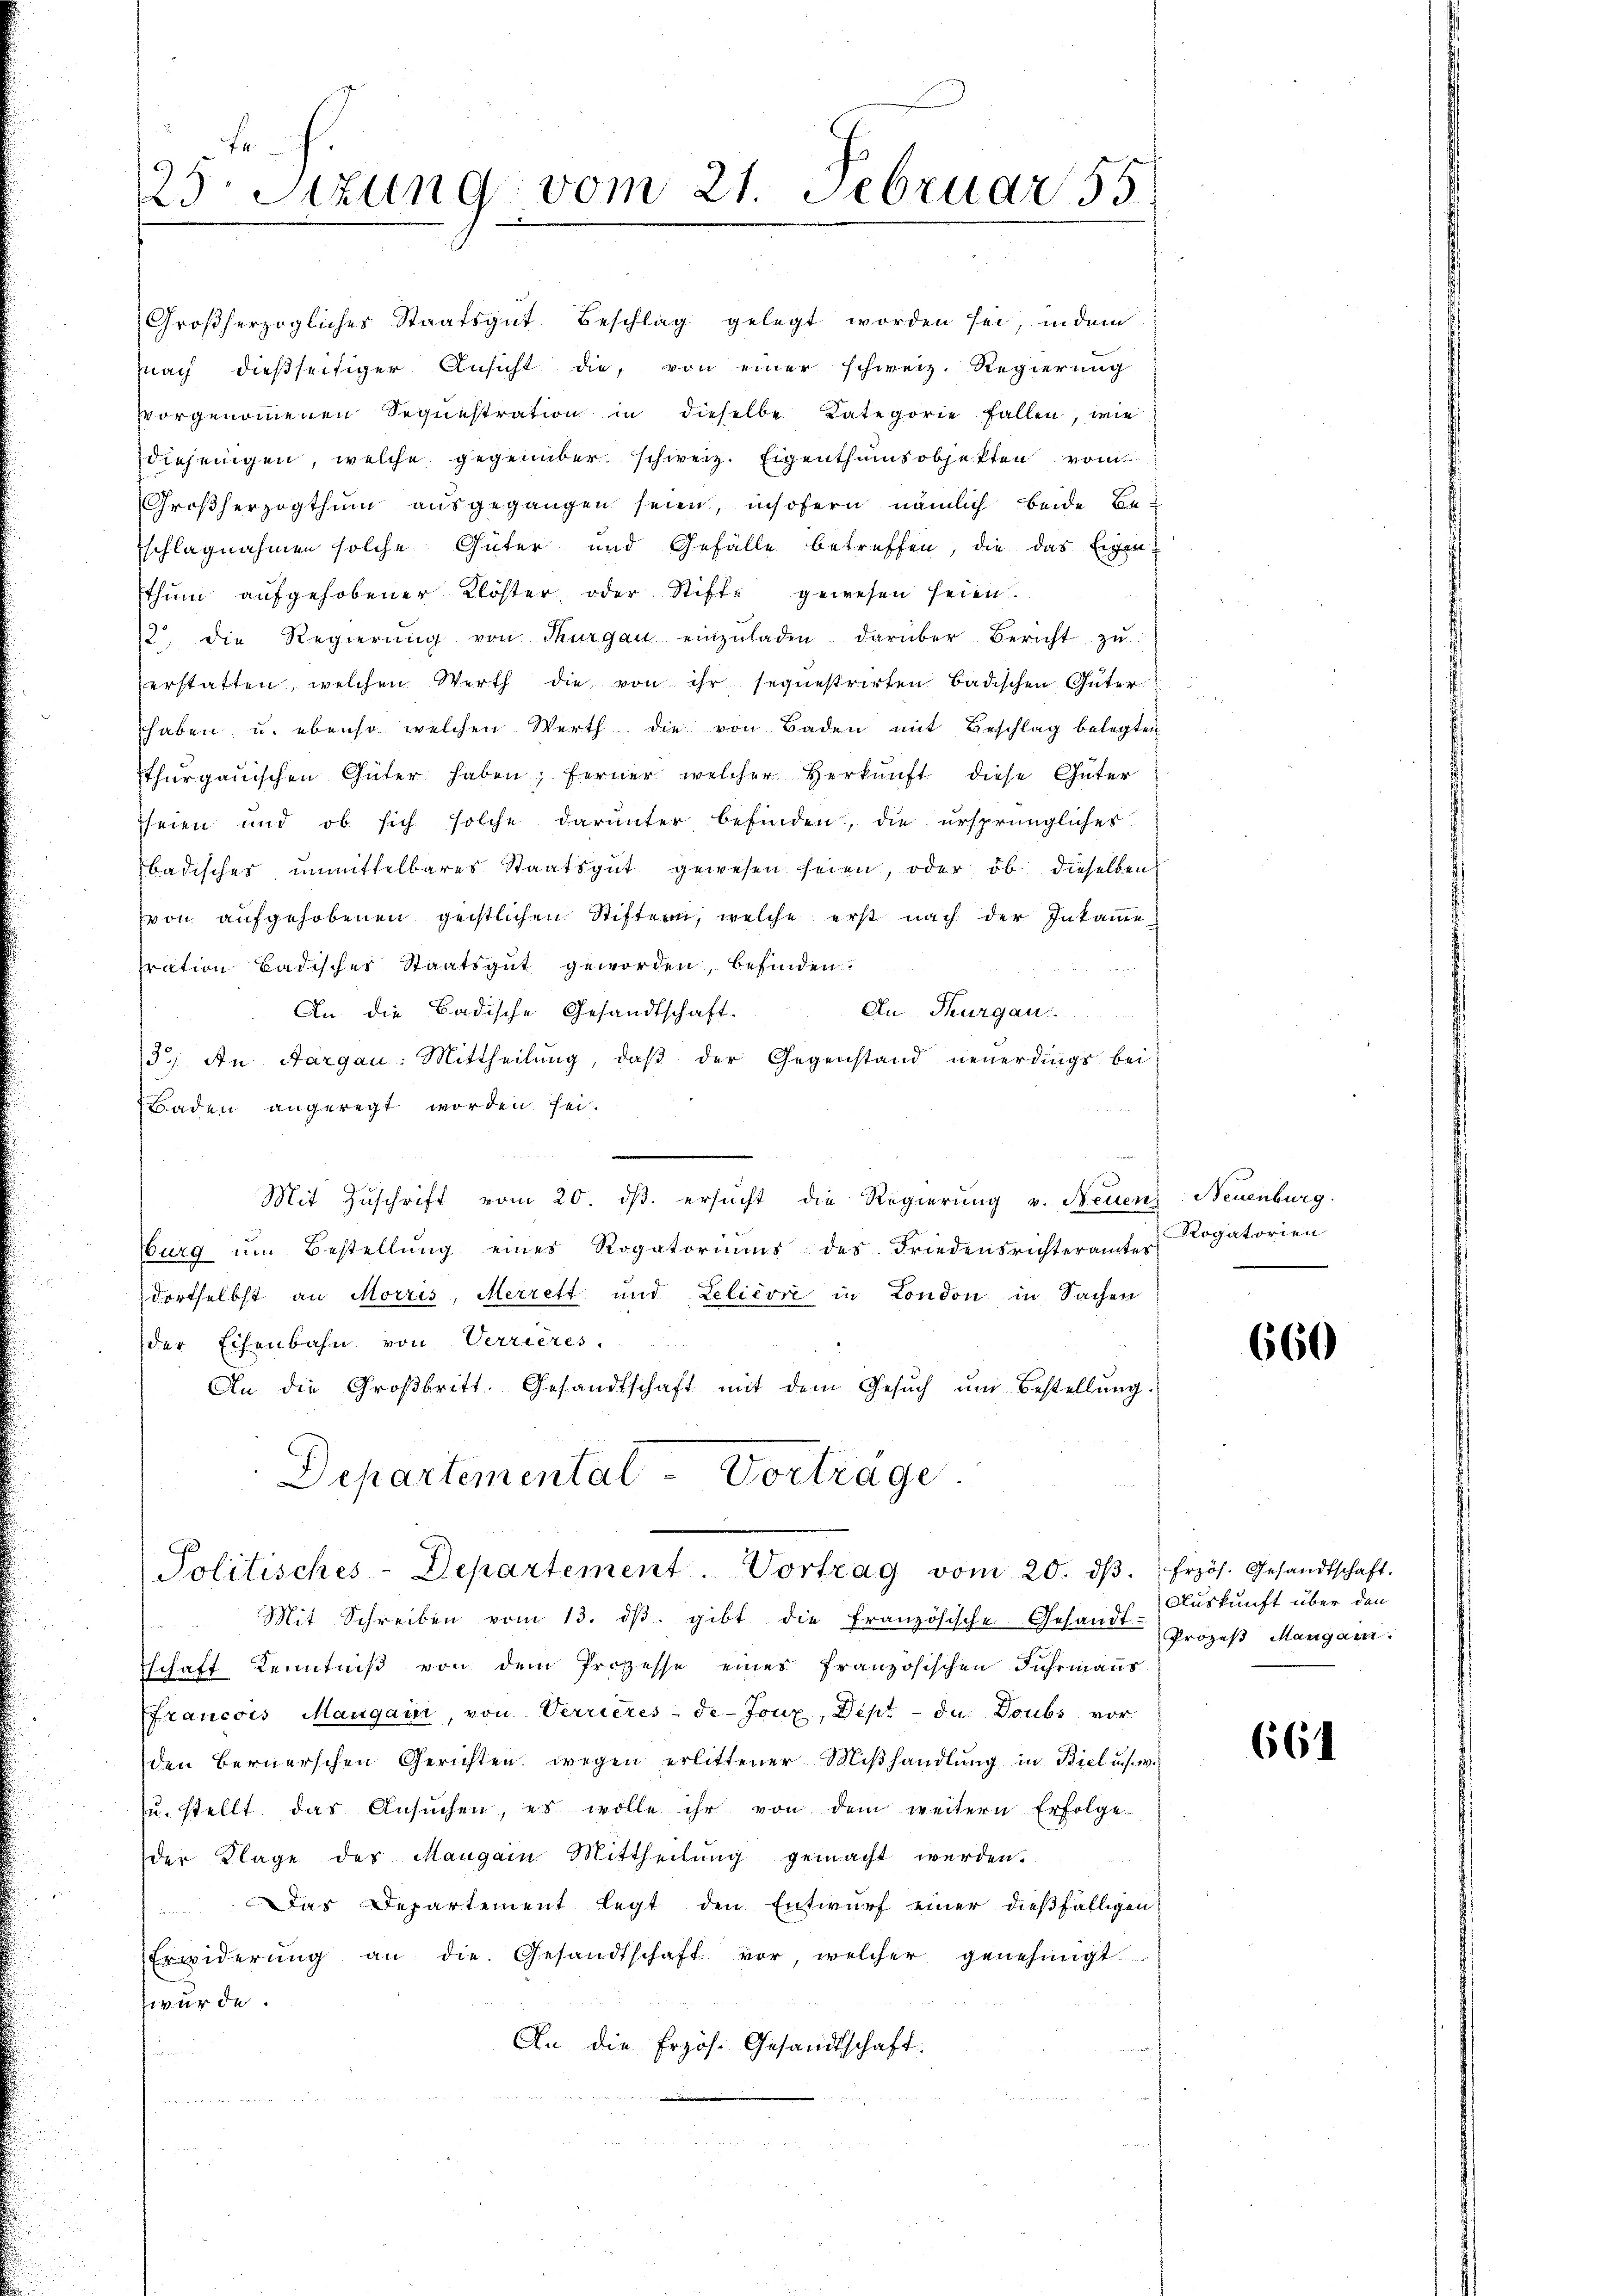
Großherzogliches Staatsgut Beschlag gelegt worden sei, indem
nach dießseitiger Ansicht die, von einer schweiz. Regierung
vorgenommenen Sequestration in dieselbe Kategorie fallen, wie
diejenigen, welche gegenüber schweiz. Eigenthumsobjekten vom
Großherzogthum ausgegangen seien, insofern nämlich beide Be-
schlagnahmen solche Güter und Gefälle betreffen, die das Eigenthum aufgehobener Klöster oder Stifte gewesen seien.
12. die Regierŭng von Thurgau einzŭladen. darüber Bericht zŭ
erstatten, welchen Werth die von ihr sequestrirten badischen Güter
haben, u. ebenso welchen Werth die von Baden mit Beschlag belegten
thurgauischen Güter haben; ferner welcher Herkunft diese Güter
seien und ob sich solche darunter befinden, die ursprüngliches
badisches unmittelbares Staatsgut gewesen seien, oder ob dieselben
von aufgehobenen geistlichen Stiftern, welche erst nach der Inkame
pration Badischer Staatsgut geworden, befinden.
An Thurgau:
An die Badische Gesandtschaft.
3.) An Aargau: Mittheilung, daß der Gegenstand neuerdings bei
Baden angeregt worden sei.
Mit Zuschrift vom 20. ds. ersucht die Regierung v. Neuenz: Neuenburg.
burg ŭm Bestellŭng eines Rogatoriŭms des Friedensrichterämter Rogatorien
dortselbst an Morris, Merrett und Lelièvre in London in Sachen
der Eisenbahn von Verrieres.
An die Großbritt. Gesandtschaft mit dem Gesŭch ŭm Bestellŭng.
Departemental-Vorträge.

f
.
3etzung vom 21. Februar 55

Politisches-Departement. Vortrag vom 20. dβ. frzös. Gesandtschaft.

Mit Schreiben vom 13. dβ. gibt die französische Gesandt-Prozeβ Mangan
schaft Kenntniß von dem Prozesse eines französischen Fuhrmanns
ffrancois Mangaii, von Verrieres-de-Fonz, Dipt - da Doubs vorden Bernerschen Gerichten wegen erlittener Miβhandlŭng in Biel u. s. w.
zŭ. stellt das Ansŭchen, es wolle ihr von dem weitern Erfolge
der Klage des Mangain Mittheilung gemacht werden.
Das Departement legt den Entwurf einer dießfälligen
Erwiderŭng an die Gesandtschaft vor, welcher genehmigt
würde.
An die Erzös. Gesandtschaft.
u

660

Auskunft über den

661